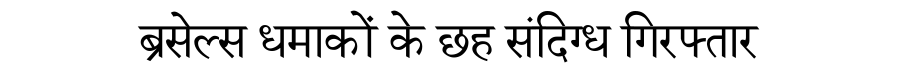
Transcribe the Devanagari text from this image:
ब्रसेल्स धमाकों के छह संदिग्ध गिरफ्तार